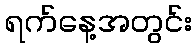
ရက်နေ့အတွင်း